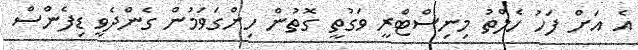
އެ އަށް ފަހު ހެލްތު މިނިސްޓްރީ ވަގުތީ ގޮތުން ހިންގަވަމުން ގެންދެވީ ޑިފެންސް